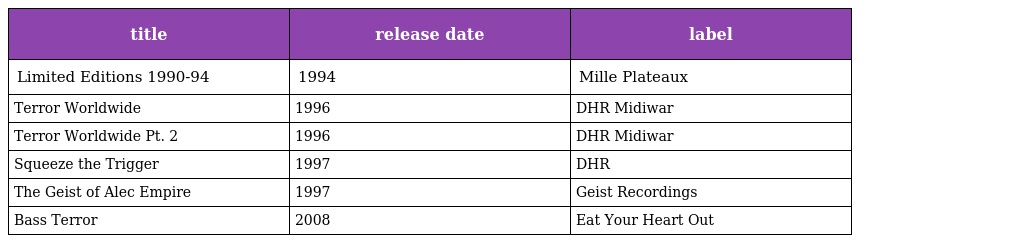
| title | release date | label |
 | --- | --- | --- |
 | Limited Editions 1990-94 | 1994 | Mille Plateaux |
 | Terror Worldwide | 1996 | DHR Midiwar |
 | Terror Worldwide Pt. 2 | 1996 | DHR Midiwar |
 | Squeeze the Trigger | 1997 | DHR |
 | The Geist of Alec Empire | 1997 | Geist Recordings |
 | Bass Terror | 2008 | Eat Your Heart Out |